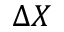
\Delta X